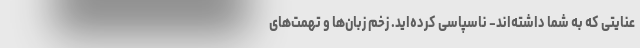
عنایتی که به شما داشته‌اند- ناسپاسی کرده‌اید. زخم زبان‌ها و تهمت‌های